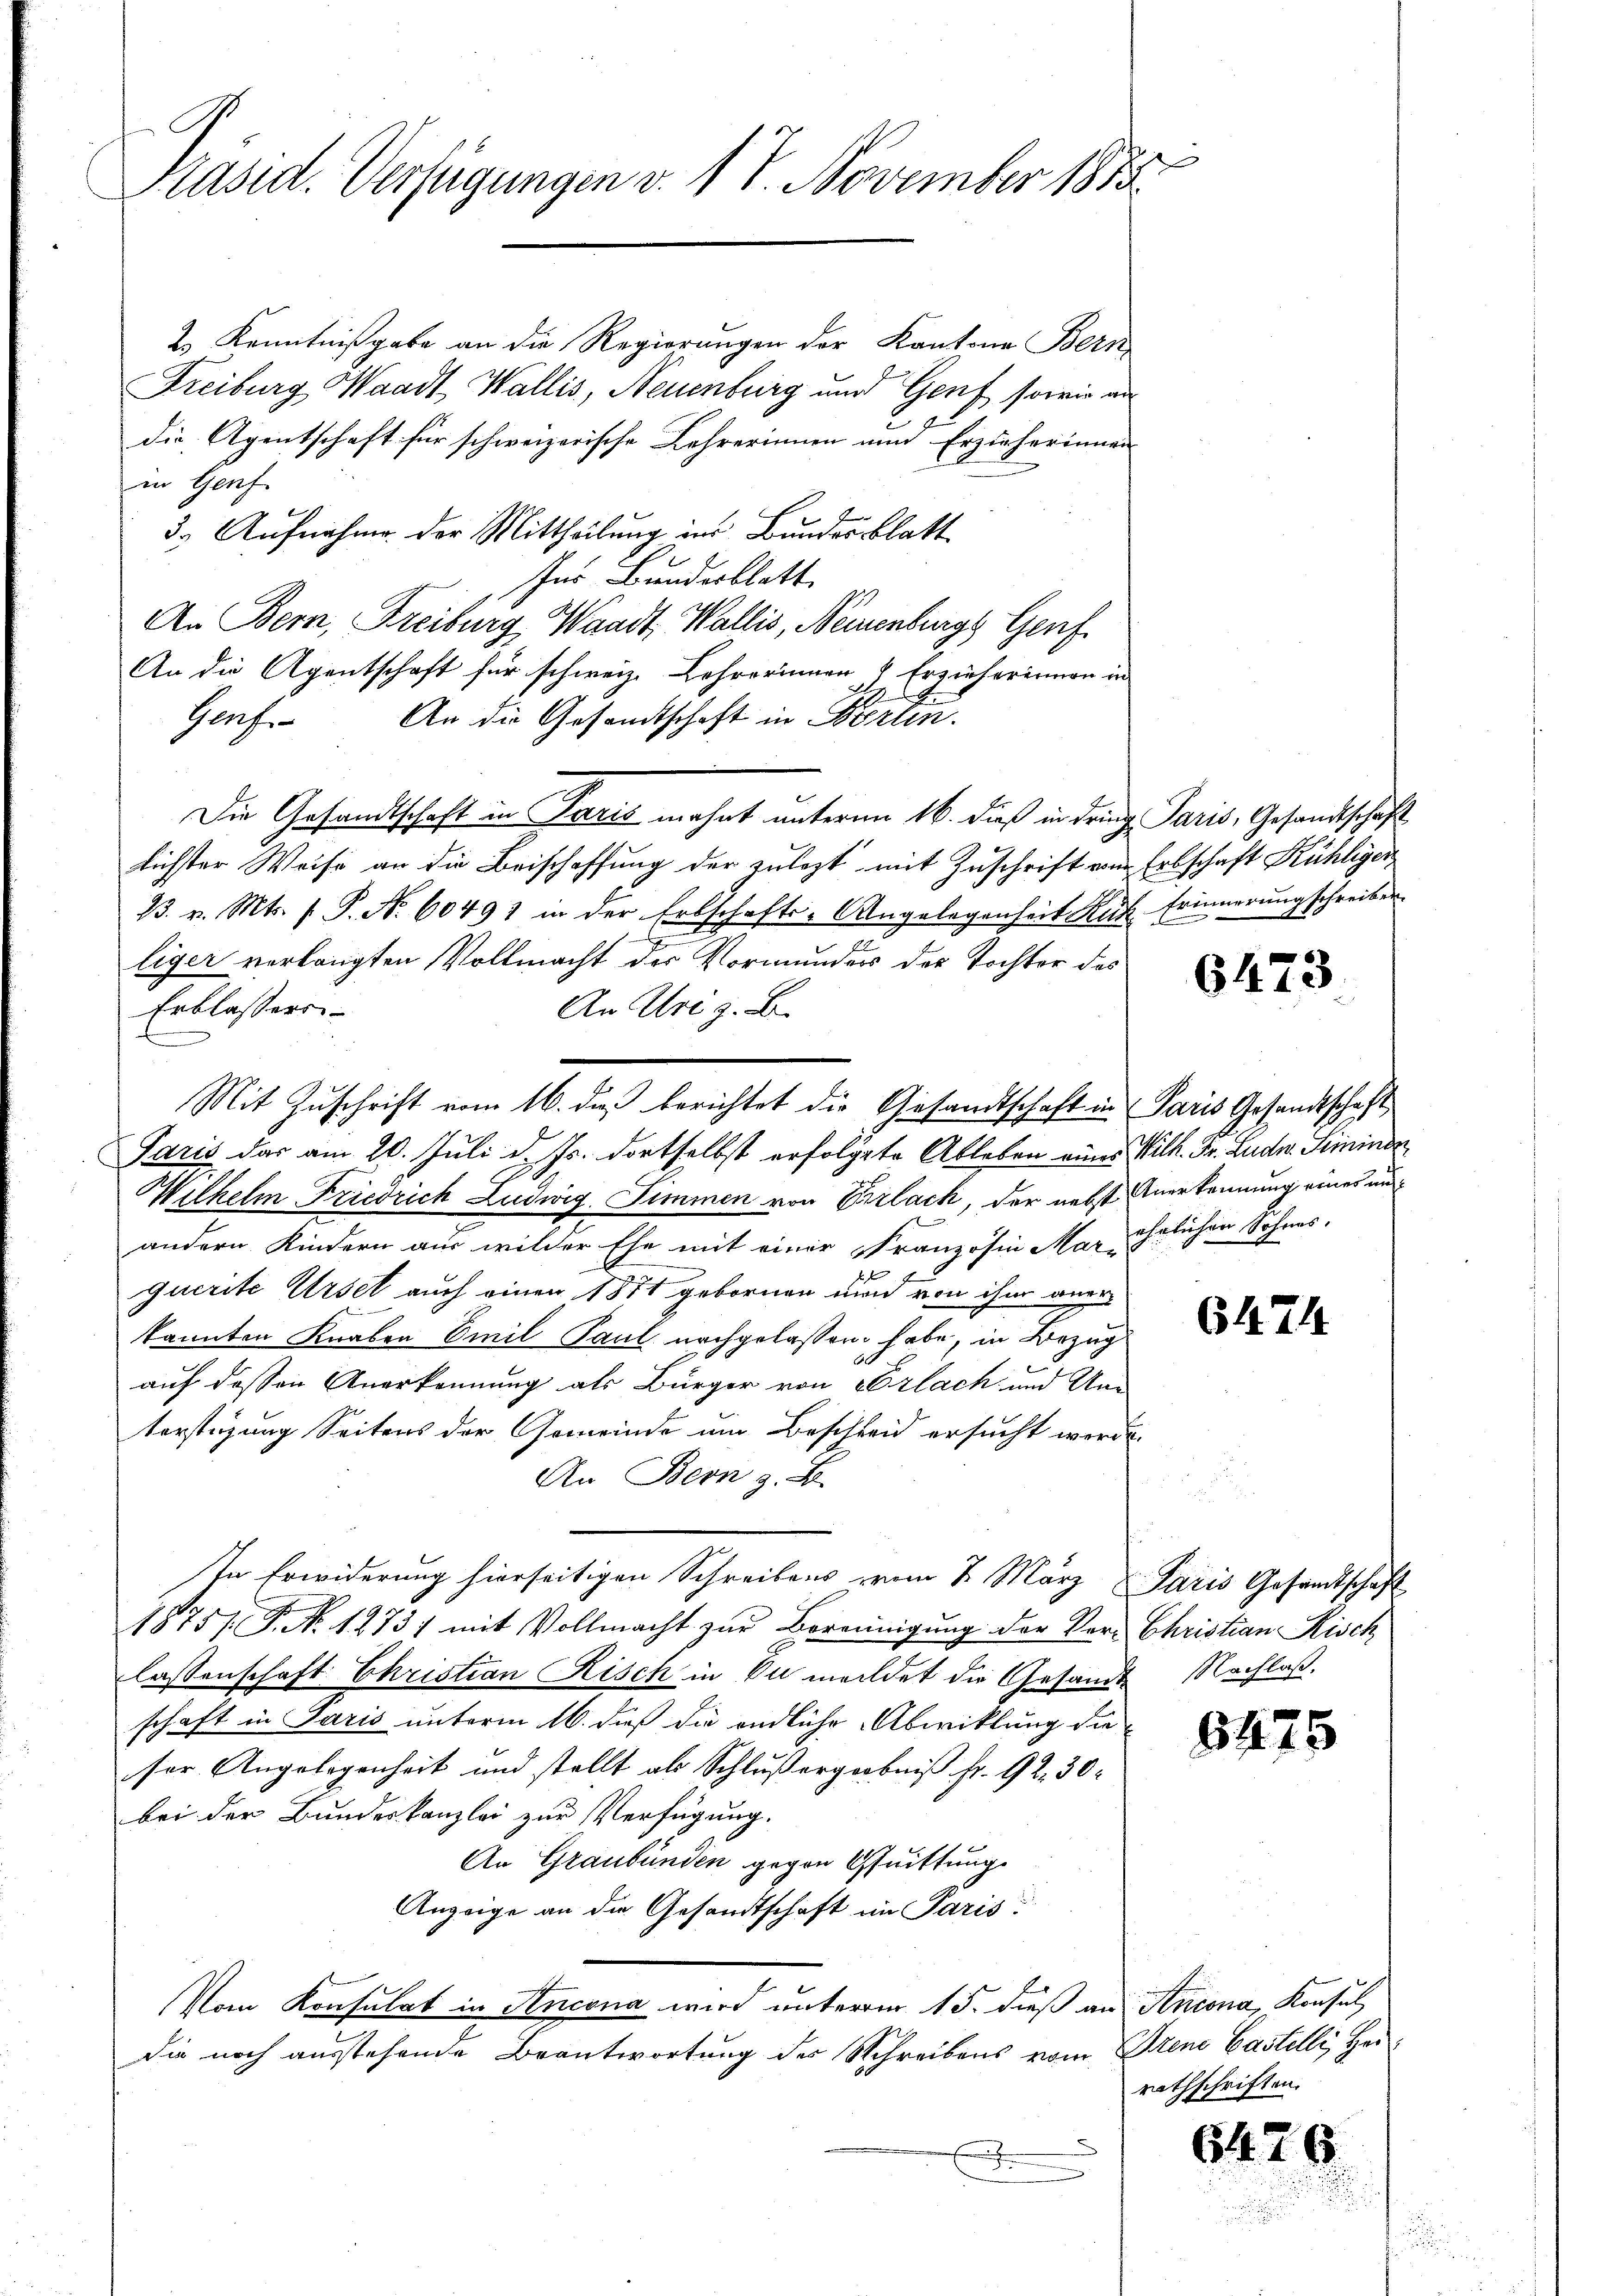
Präsid. Verfügungen v. 17. November 1888

2 Kenntnißgabe an die Regierungen der Kantone Bern
Freiburg Waadt, Wallis, Neuenburg und Genf, sowie an
die Agentschaft für schweizerische Lehrerinnen und Erzieherinnen
in Genf
3. Aufnahme der Mittheilung ins Bundesblatt
Ins Bundesblatt
An Bern, Freiburg Waadt, Wallis, Neuenburgs Genf
An die Agentschaft für schweiz. Lehrerinnen 4 Erzieherinnen in
Gerf. An die Gesandtschaft in Bertin.
Die Gesandtschaft in Paris mehrt unterm 16. dieß in dring Paris, Gesandtschaft
lichster Weise an die Beischaffung der zulezt mit Zuschrift von
13. v. Mts. f. P. Nr. 60491 in der Erbschafts-Angelegenheit Kuh
liger verlangten Vollmacht der Vormunders der Tochter des
Erblassers
An Uri z. B.
Paris das am 20. Juli d. Js. dortselbst erfolgte Ableben eines Wilh. Fr. Ludw. Seininer
Wilhelm Friedrich Ludwig Zimmen von Erlach, der nebst Anerkennung eines un
andern Kindern aus wilder Ehe mit einer Franzosen Marehrlichen Sohnes,
1
querite Ursel auch einer 1871 gebornen und von ihm anerkannten Knaben Emil Paul nachgelassen habe, in Bezug
1
auf dessen Anerkennung als Bürger von Erlach und Un-
terstüzung Seitens der Gemeinde um Beschleid ersucht werde.
An Bern z. B.
ste Erwiderung hierseitigen Schreibens vom 2. März Paris Gesandtschaft
1875. P. Nr. 1273) mit Vollmacht zŭr Bereinigung der Ver- Christian Risch
lassenschaft Christian Risch in Du meldet die Gesandte Nachlaß.
schaft in Paris unterm 16. dieß die endliche Abwicklung die
ser Angelegenheit und stellt als Schlußergebniß fr. 92. 30.
bei der Bundeskanzlei zur Verfügung.
An Graubünden gegen Quittung
Anzeige an die Gesandtschaft im Paris
Vom Konsulat in Ancona wird unterm 15. dieß an Antona, Konsul
die noch ausstehende Beantwortung der Schreibens vom Prene Castelli, Here
e

Mit Zuschrift vom 16. des berichtet die Gesandtschaft in Paris Gesandtschaft

Erbschaft Kühligen
Erinnerung schreiben.

6473

6474

8475

rathschriften.

643

6.